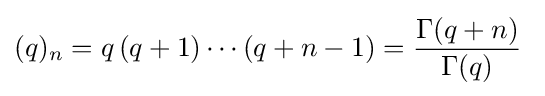
(q)_{n}=q\,(q+1)\cdots (q+n-1)={\frac {\Gamma (q+n)}{\Gamma (q)}}~